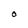
Character: O